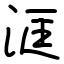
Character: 洭